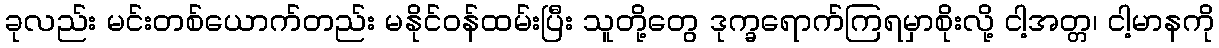
ခုလည်း မင်းတစ်ယောက်တည်း မနိုင်ဝန်ထမ်းပြီး သူတို့တွေ ဒုက္ခရောက်ကြရမှာစိုးလို့ ငါ့အတ္တ၊ ငါ့မာနကို